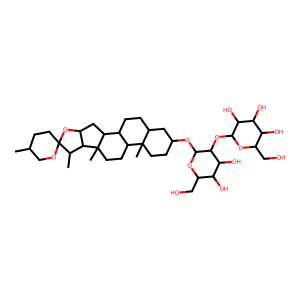
SMILES: CC1CCC2(OC1)OC1CC3C4CCC5CC(OC6OC(CO)C(O)C(O)C6OC6OC(CO)C(O)C(O)C6O)CCC5(C)C4CCC3(C)C1C2C
Inhibits HIV replication: No